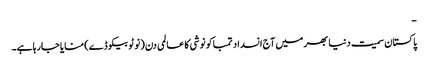
-
پاکستان سمیت دنیا بھر میں آج انسداد تمباکو نوشی کا عالمی دن (نو ٹوبیکو ڈے) منایا جارہا ہے۔